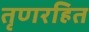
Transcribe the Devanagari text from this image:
तृणरहित